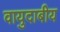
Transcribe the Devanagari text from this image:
वायुदाबीय